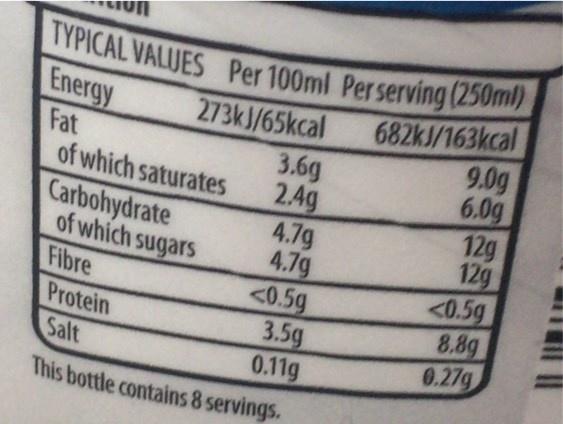
TYPICAL VALUES Per 100ml Perserving (250ml)
682KJ/163kcal 9.0g 6.0g 12g 12g <0.5g 8.8g 0.27g
Energy Fat of which saturates
273kJ/65kcal
Carbohydrate of which sugars Fibre Protein Salt
3.6g 2.4g 4.7g 4.7g <0.5g 3.5g 0.11g This bottle contains 8 servings.